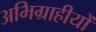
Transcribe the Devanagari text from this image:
अभिग्राहीयों